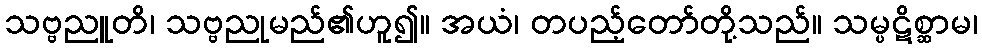
သဗ္ဗညူတိ၊ သဗ္ဗညုမည်၏ဟူ၍။ အယံ၊ တပည့်တော်တို့သည်။ သမ္ပဋိစ္ဆာမ၊